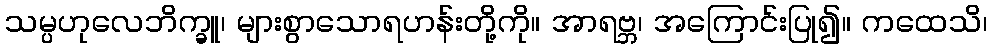
သမ္ပဟုလေဘိက္ခူ၊ များစွာသောရဟန်းတို့ကို။ အာရဗ္ဘ၊ အကြောင်းပြု၍။ ကထေသိ၊